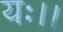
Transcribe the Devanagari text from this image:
यः।।